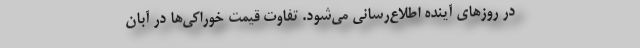
در روزهای آینده اطلاع‌رسانی می‌شود. تفاوت قیمت خوراکی‌ها در آبان‌